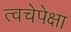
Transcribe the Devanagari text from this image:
त्वचेपेक्षा